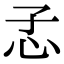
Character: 孞